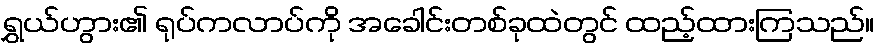
ရွှယ်ဟွား၏ ရုပ်ကလာပ်ကို အခေါင်းတစ်ခုထဲတွင် ထည့်ထားကြသည်။